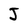
Character: J